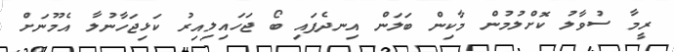
ރީމާ ސުވާލު ކޮށްލުމުން މާކިން ބަލަން އިނދެފައި ބޯ ޖަހައިލިއިރު ކަޅިޖަހާނުލާ އެމޫނަށް